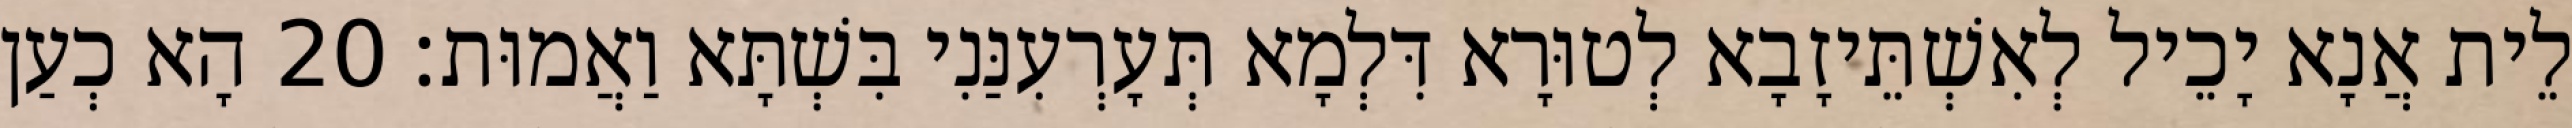
לֵית אֲנָא יָכֵיל לְאִשְׁתֵּיזָבָא לְטוּרָא דִּלְמָא תְּעָרְעִנַּנִי בִּשְׁתָּא וַאֲמוּת׃ 20 הָא כְעַן